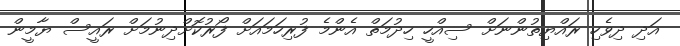
އަދި ދިވެހި ރައްޔިތުންނަށް ސިއްހީ ހިދުމަތް އެންމެ ފުރިހަމައަށް ފޯރުކޮށްދިނުމަށް ރައީސް ޔާމީން